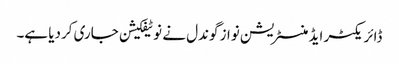
ڈائریکٹر ایڈمنسٹریشن نواز گوندل نے نوٹیفکیشن جاری کردیا ہے۔